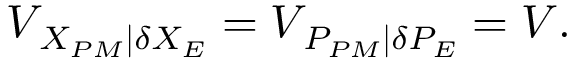
{ { V } _ { \left. { { X } _ { P M } } \right| \delta { { X } _ { E } } } } = { { V } _ { \left. { { P } _ { P M } } \right| \delta { { P } _ { E } } } } = V .